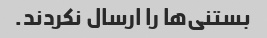
بستنی‌ها را ارسال نکردند.